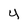
Character: 4